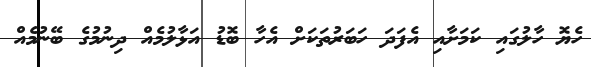
ހެޔޮ ހާލުގައި ކަމަށާއި އެފަދަ ހަބަރުތަކަށް އެހާ ބޮޑު އަޅާލުމެއް ދިނުމުގެ ބޭނުމެއް